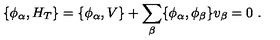
\{ \phi _ { \alpha } , H _ { T } \} = \{ \phi _ { \alpha } , V \} + \sum _ { \beta } \{ \phi _ { \alpha } , \phi _ { \beta } \} v _ { \beta } = 0 \ .